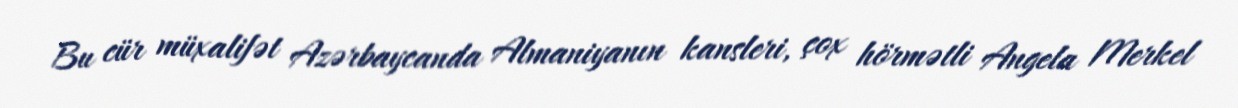
Bu cür müxalifət Azərbaycanda Almaniyanın kansleri, çox hörmətli Angela Merkel